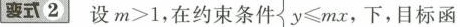
耍式2 设m>1，在约束条件$$y \le mx$$下，目标函数